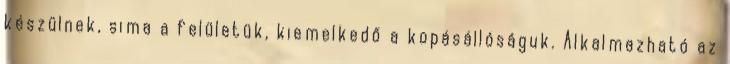
készülnek, sima a felületük, kiemelkedő a kopásállóságuk. Alkalmazható az